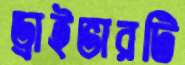
ড্রাইভারটি